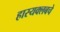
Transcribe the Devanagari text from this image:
हास्यक्लबचे